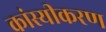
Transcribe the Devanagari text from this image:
कांस्यीकरण